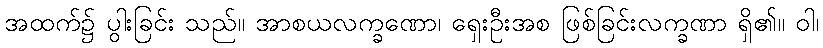
အထက်၌ ပွါးခြင်း သည်။ အာစယလက္ခဏော၊ ရှေးဦးအစ ဖြစ်ခြင်းလက္ခဏာ ရှိ၏။ ဝါ၊